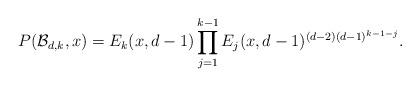
LaTeX: \begin{align*} P(\mathcal{B}_{d, k}, x) &= E_k(x, d-1) \prod_{j = 1}^{k-1} E_j(x, d-1)^{(d-2)(d-1)^{k-1-j}} . \end{align*}